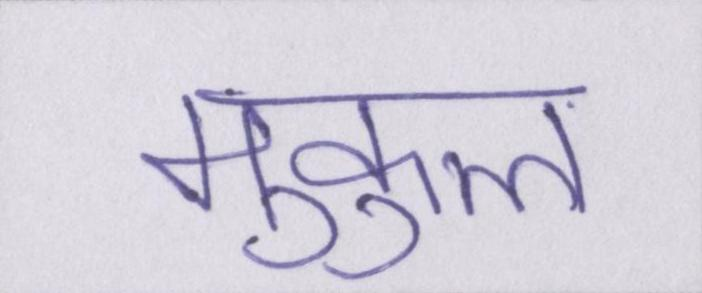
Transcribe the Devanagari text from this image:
मुकुल